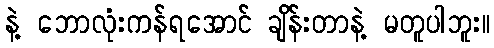
နဲ့ ဘောလုံးကန်ရအောင် ချိန်းတာနဲ့ မတူပါဘူး။